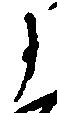
に